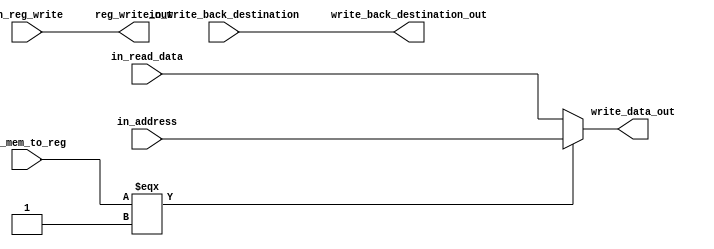
module WB_Stage(
    input in_mem_to_reg,
    input in_reg_write,
    input [4:0] in_write_back_destination,
    input [31:0] in_address,
    input [31:0] in_read_data,
    output [31:0] write_data_out,
    output reg_write_out,
    output [4:0] write_back_destination_out
);

assign write_data_out = (in_mem_to_reg === 1)? in_address : in_read_data;
assign reg_write_out = in_reg_write;
assign write_back_destination_out = in_write_back_destination;

endmodule